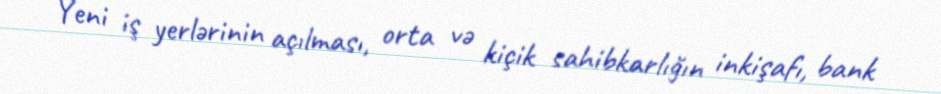
Yeni iş yerlərinin açılması, orta və kiçik sahibkarlığın inkişafı, bank